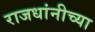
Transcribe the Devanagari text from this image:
राजधांनीच्या